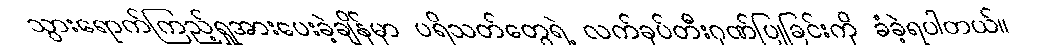
သွားရောက်ကြည့်ရှုအားပေးခဲ့ချိန်မှာ ပရိသတ်တွေရဲ့ လက်ခုပ်တီးဂုဏ်ပြုခြင်းကို ခံခဲ့ရပါတယ်။